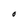
Character: O